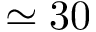
\simeq 3 0